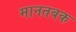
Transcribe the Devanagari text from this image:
मानतबक